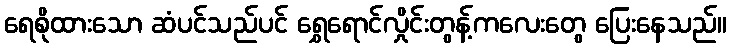
ရေစိုထားသော ဆံပင်သည်ပင် ရွှေရောင်လှိုင်းတွန့်ကလေးတွေ ပြေးနေသည်။